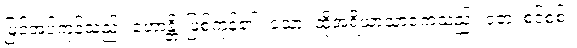
မြင်အပ်ကုန်သည်။ ဟောန္တိ၊ ဖြစ်ကုန်၏။ သော၊ ထိုအရိယာသာဝကသည်။ ဝတ၊ စင်စစ်။